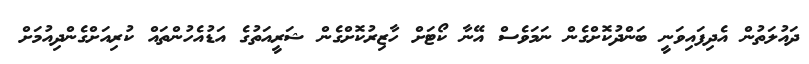
ދައުލަތުން އެދިފައިވަނީ ބަންދުކޮށްގެން ނަމަވެސް އޭނާ ކޯޓަށް ހާޒިރުކޮށްގެން ޝަރީއަތުގެ އަޑުއެހުންތައް ކުރިއަށްގެންދިއުމަށް